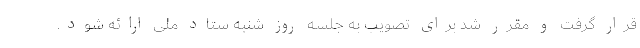
قرار گرفت و مقرر شد برای تصویب به جلسه روز شنبه ستاد ملی ارائه شود.